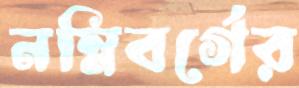
নম্নিবর্গের